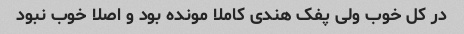
در کل خوب ولی پفک هندی کاملا مونده بود و اصلا خوب نبود